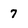
Character: 7